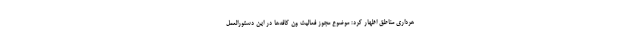
هرداری مناطق اظهار کرد: موضوع مجوز فعالیت ون کافه‌ها در این دستورالعمل